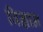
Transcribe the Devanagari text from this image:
विज्ञान